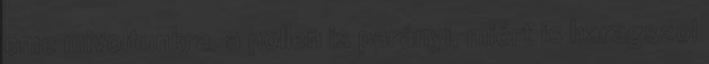
eme mivoltunkra. a pollen is parányi, miért is haragszol